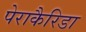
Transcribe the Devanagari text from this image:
पेराकैरिडा